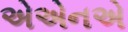
એએનએ